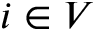
i \in V